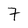
Character: 7